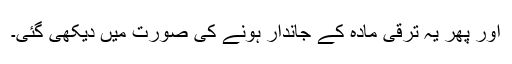
اور پھر یہ ترقی مادہ کے جاندار ہونے کی صورت میں دیکھی گئی۔